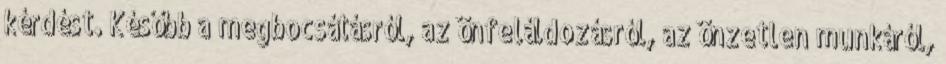
kérdést. Később a megbocsátásról, az önfeláldozásról, az önzetlen munkáról,